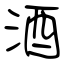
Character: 酒